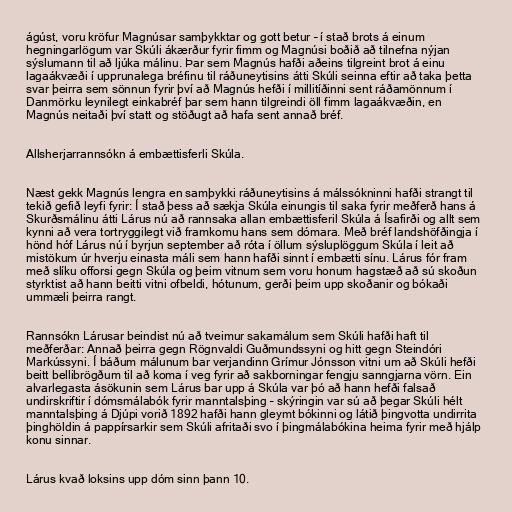
ágúst, voru kröfur Magnúsar samþykktar og gott betur – í stað brots á einum
hegningarlögum var Skúli ákærður fyrir fimm og Magnúsi boðið að tilnefna nýjan
sýslumann til að ljúka málinu. Þar sem Magnús hafði aðeins tilgreint brot á einu
lagaákvæði í upprunalega bréfinu til ráðuneytisins átti Skúli seinna eftir að taka þetta
svar þeirra sem sönnun fyrir því að Magnús hefði í millitíðinni sent ráðamönnum í
Danmörku leynilegt einkabréf þar sem hann tilgreindi öll fimm lagaákvæðin, en
Magnús neitaði því statt og stöðugt að hafa sent annað bréf.

Allsherjarrannsókn á embættisferli Skúla.

Næst gekk Magnús lengra en samþykki ráðuneytisins á málssókninni hafði strangt til
tekið gefið leyfi fyrir: Í stað þess að sækja Skúla einungis til saka fyrir meðferð hans á
Skurðsmálinu átti Lárus nú að rannsaka allan embættisferil Skúla á Ísafirði og allt sem
kynni að vera tortryggilegt við framkomu hans sem dómara. Með bréf landshöfðingja í
hönd hóf Lárus nú í byrjun september að róta í öllum sýsluplöggum Skúla í leit að
mistökum úr hverju einasta máli sem hann hafði sinnt í embætti sínu. Lárus fór fram
með slíku offorsi gegn Skúla og þeim vitnum sem voru honum hagstæð að sú skoðun
styrktist að hann beitti vitni ofbeldi, hótunum, gerði þeim upp skoðanir og bókaði
ummæli þeirra rangt.

Rannsókn Lárusar beindist nú að tveimur sakamálum sem Skúli hafði haft til
meðferðar: Annað þeirra gegn Rögnvaldi Guðmundssyni og hitt gegn Steindóri
Markússyni. Í báðum málunum bar verjandinn Grímur Jónsson vitni um að Skúli hefði
beitt bellibrögðum til að koma í veg fyrir að sakborningar fengju sanngjarna vörn. Ein
alvarlegasta ásökunin sem Lárus bar upp á Skúla var þó að hann hefði falsað
undirskriftir í dómsmálabók fyrir manntalsþing – skýringin var sú að þegar Skúli hélt
manntalsþing á Djúpi vorið 1892 hafði hann gleymt bókinni og látið þingvotta undirrita
þinghöldin á pappírsarkir sem Skúli afritaði svo í þingmálabókina heima fyrir með hjálp
konu sinnar.

Lárus kvað loksins upp dóm sinn þann 10.